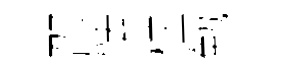
邵怯柱勉